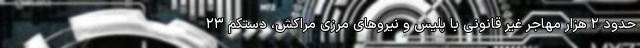
حدود ۲ هزار مهاجر غیر قانونی با پلیس و نیروهای مرزی مراکش، دستکم ۲۳